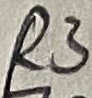
Text: R3